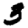
Digit: 3